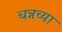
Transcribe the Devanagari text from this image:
चन्नच्या